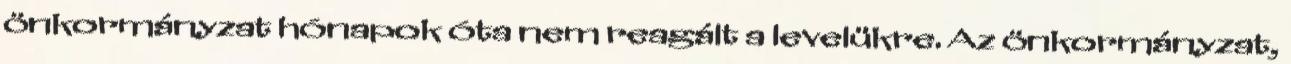
önkormányzat hónapok óta nem reagált a levelükre. Az önkormányzat,